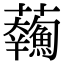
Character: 𩼥